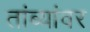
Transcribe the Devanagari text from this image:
तांब्यांवर